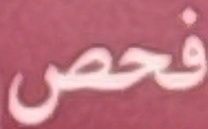
فحص